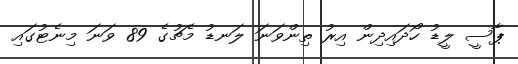
ޕާސީ ލީޑު ހޯދައިދިން އިރު ތިންވަނަ ލަނޑު މެޗުގެ 89 ވަނަ މިނެޓުގައި